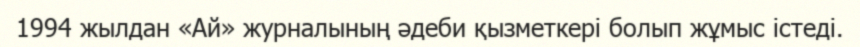
1994 жылдан «Ай» журналының әдеби қызметкері болып жұмыс істеді.